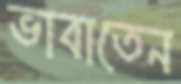
ভাবাতেন